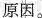
原因。